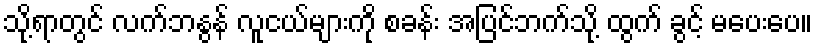
သို့ရာတွင် လက်ဘနွန် လူငယ်များကို စခန်း အပြင်ဘက်သို့ ထွက် ခွင့် မပေးပေ။